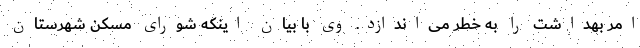
امر بهداشت را به خطر می‌اندازد. وی با بیان اینکه شورای مسکن شهرستان